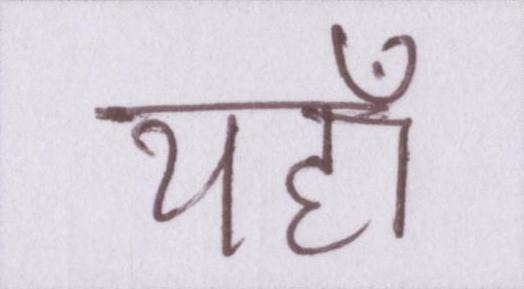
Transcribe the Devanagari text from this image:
यहाँ